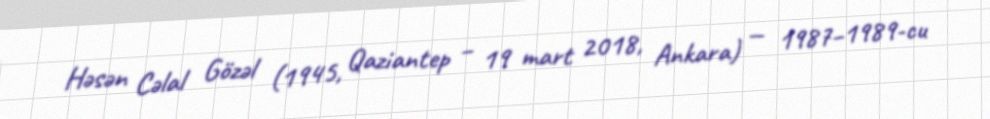
Həsən Cəlal Gözəl (1945, Qaziantep – 19 mart 2018, Ankara) — 1987–1989-cu